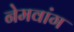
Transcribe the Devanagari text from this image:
नेमवांग